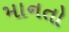
માનતો